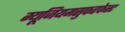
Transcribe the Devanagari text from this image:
म्यूजियमसुफरफेस्ट